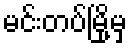
မင်းတပ်မြို့မှ